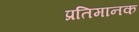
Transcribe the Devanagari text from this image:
प्रतिमानक